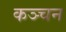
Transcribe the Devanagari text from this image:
कञ्चन